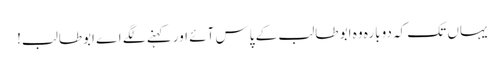
یہاں تک کہ دوبارہ وہ ابو طالب کے پاس آئے اور کہنے لگے اے ابوطالب!